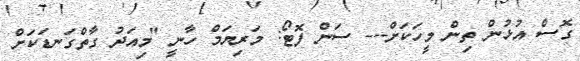
ގޮސް އުޅުން ތިން މީހަކަށް--- ސަން ފޮޓޯ: މަރިޔަމް ހާނީ "މިއަދު ގާތްގަނޑަކަށް